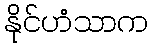
နိုင်ဟံသာက